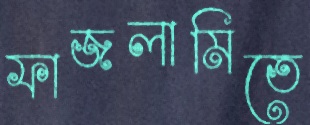
ফাজলামিতে